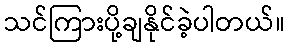
သင်ကြားပို့ချနိုင်ခဲ့ပါတယ်။